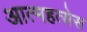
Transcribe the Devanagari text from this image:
आत्महत्येस